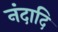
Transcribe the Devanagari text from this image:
नंदादि